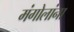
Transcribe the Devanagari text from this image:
मंगोलांना